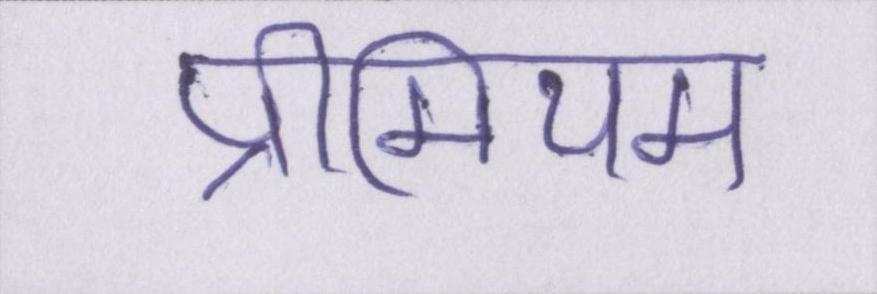
प्रीमियम